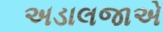
અડાલજાએ